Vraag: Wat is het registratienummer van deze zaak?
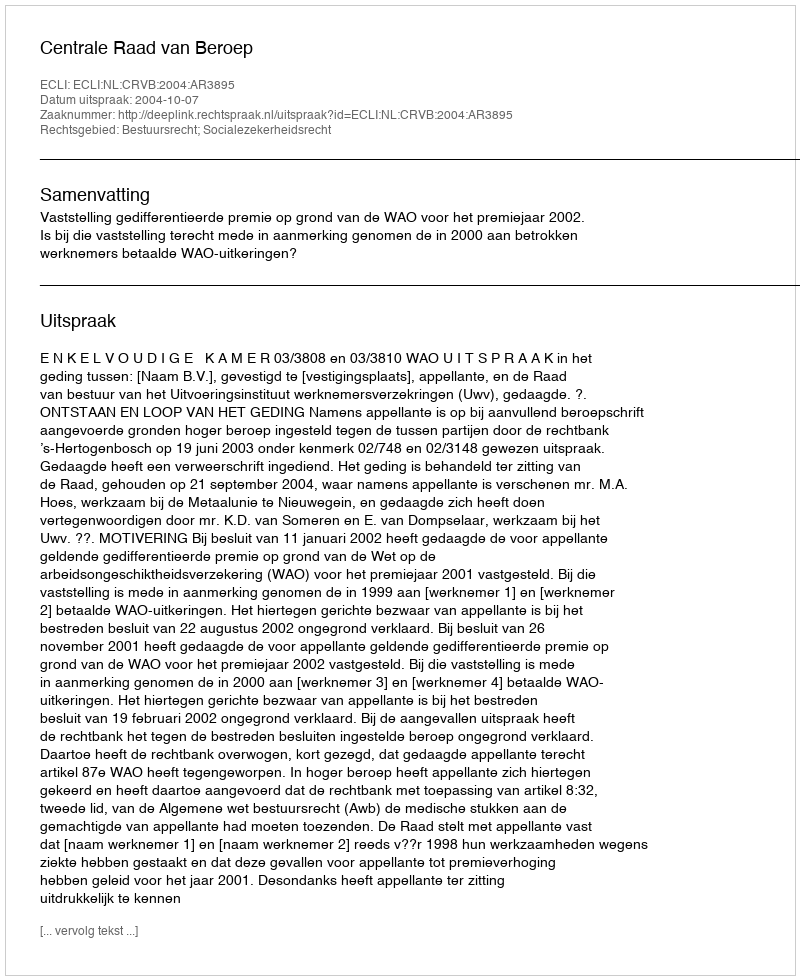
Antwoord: http://deeplink.rechtspraak.nl/uitspraak?id=ECLI:NL:CRVB:2004:AR3895